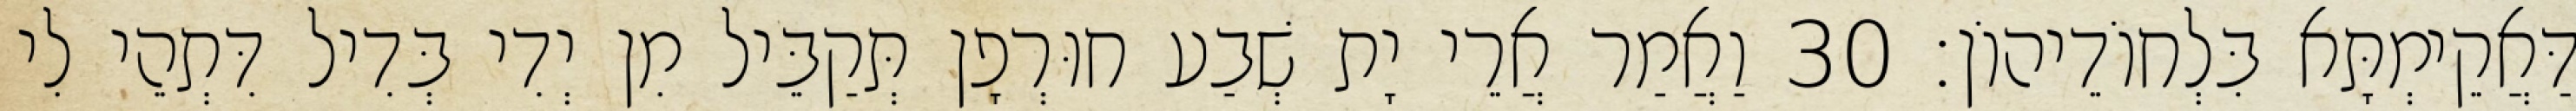
דַּאֲקֵימְתָּא בִּלְחוֹדֵיהוֹן׃ 30 וַאֲמַר אֲרֵי יָת שְׁבַע חוּרְפָן תְּקַבֵּיל מִן יְדִי בְּדִיל דִּתְהֵי לִי